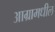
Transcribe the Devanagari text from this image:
आग्रामधील